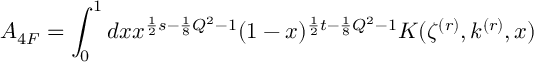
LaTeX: A _ { 4 F } = \int _ { 0 } ^ { 1 } d x x ^ { \frac { 1 } { 2 } s - \frac { 1 } { 8 } Q ^ { 2 } - 1 } ( 1 - x ) ^ { \frac { 1 } { 2 } t - \frac { 1 } { 8 } Q ^ { 2 } - 1 } K ( \zeta ^ { ( r ) } , k ^ { ( r ) } , x )